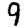
Digit: 9